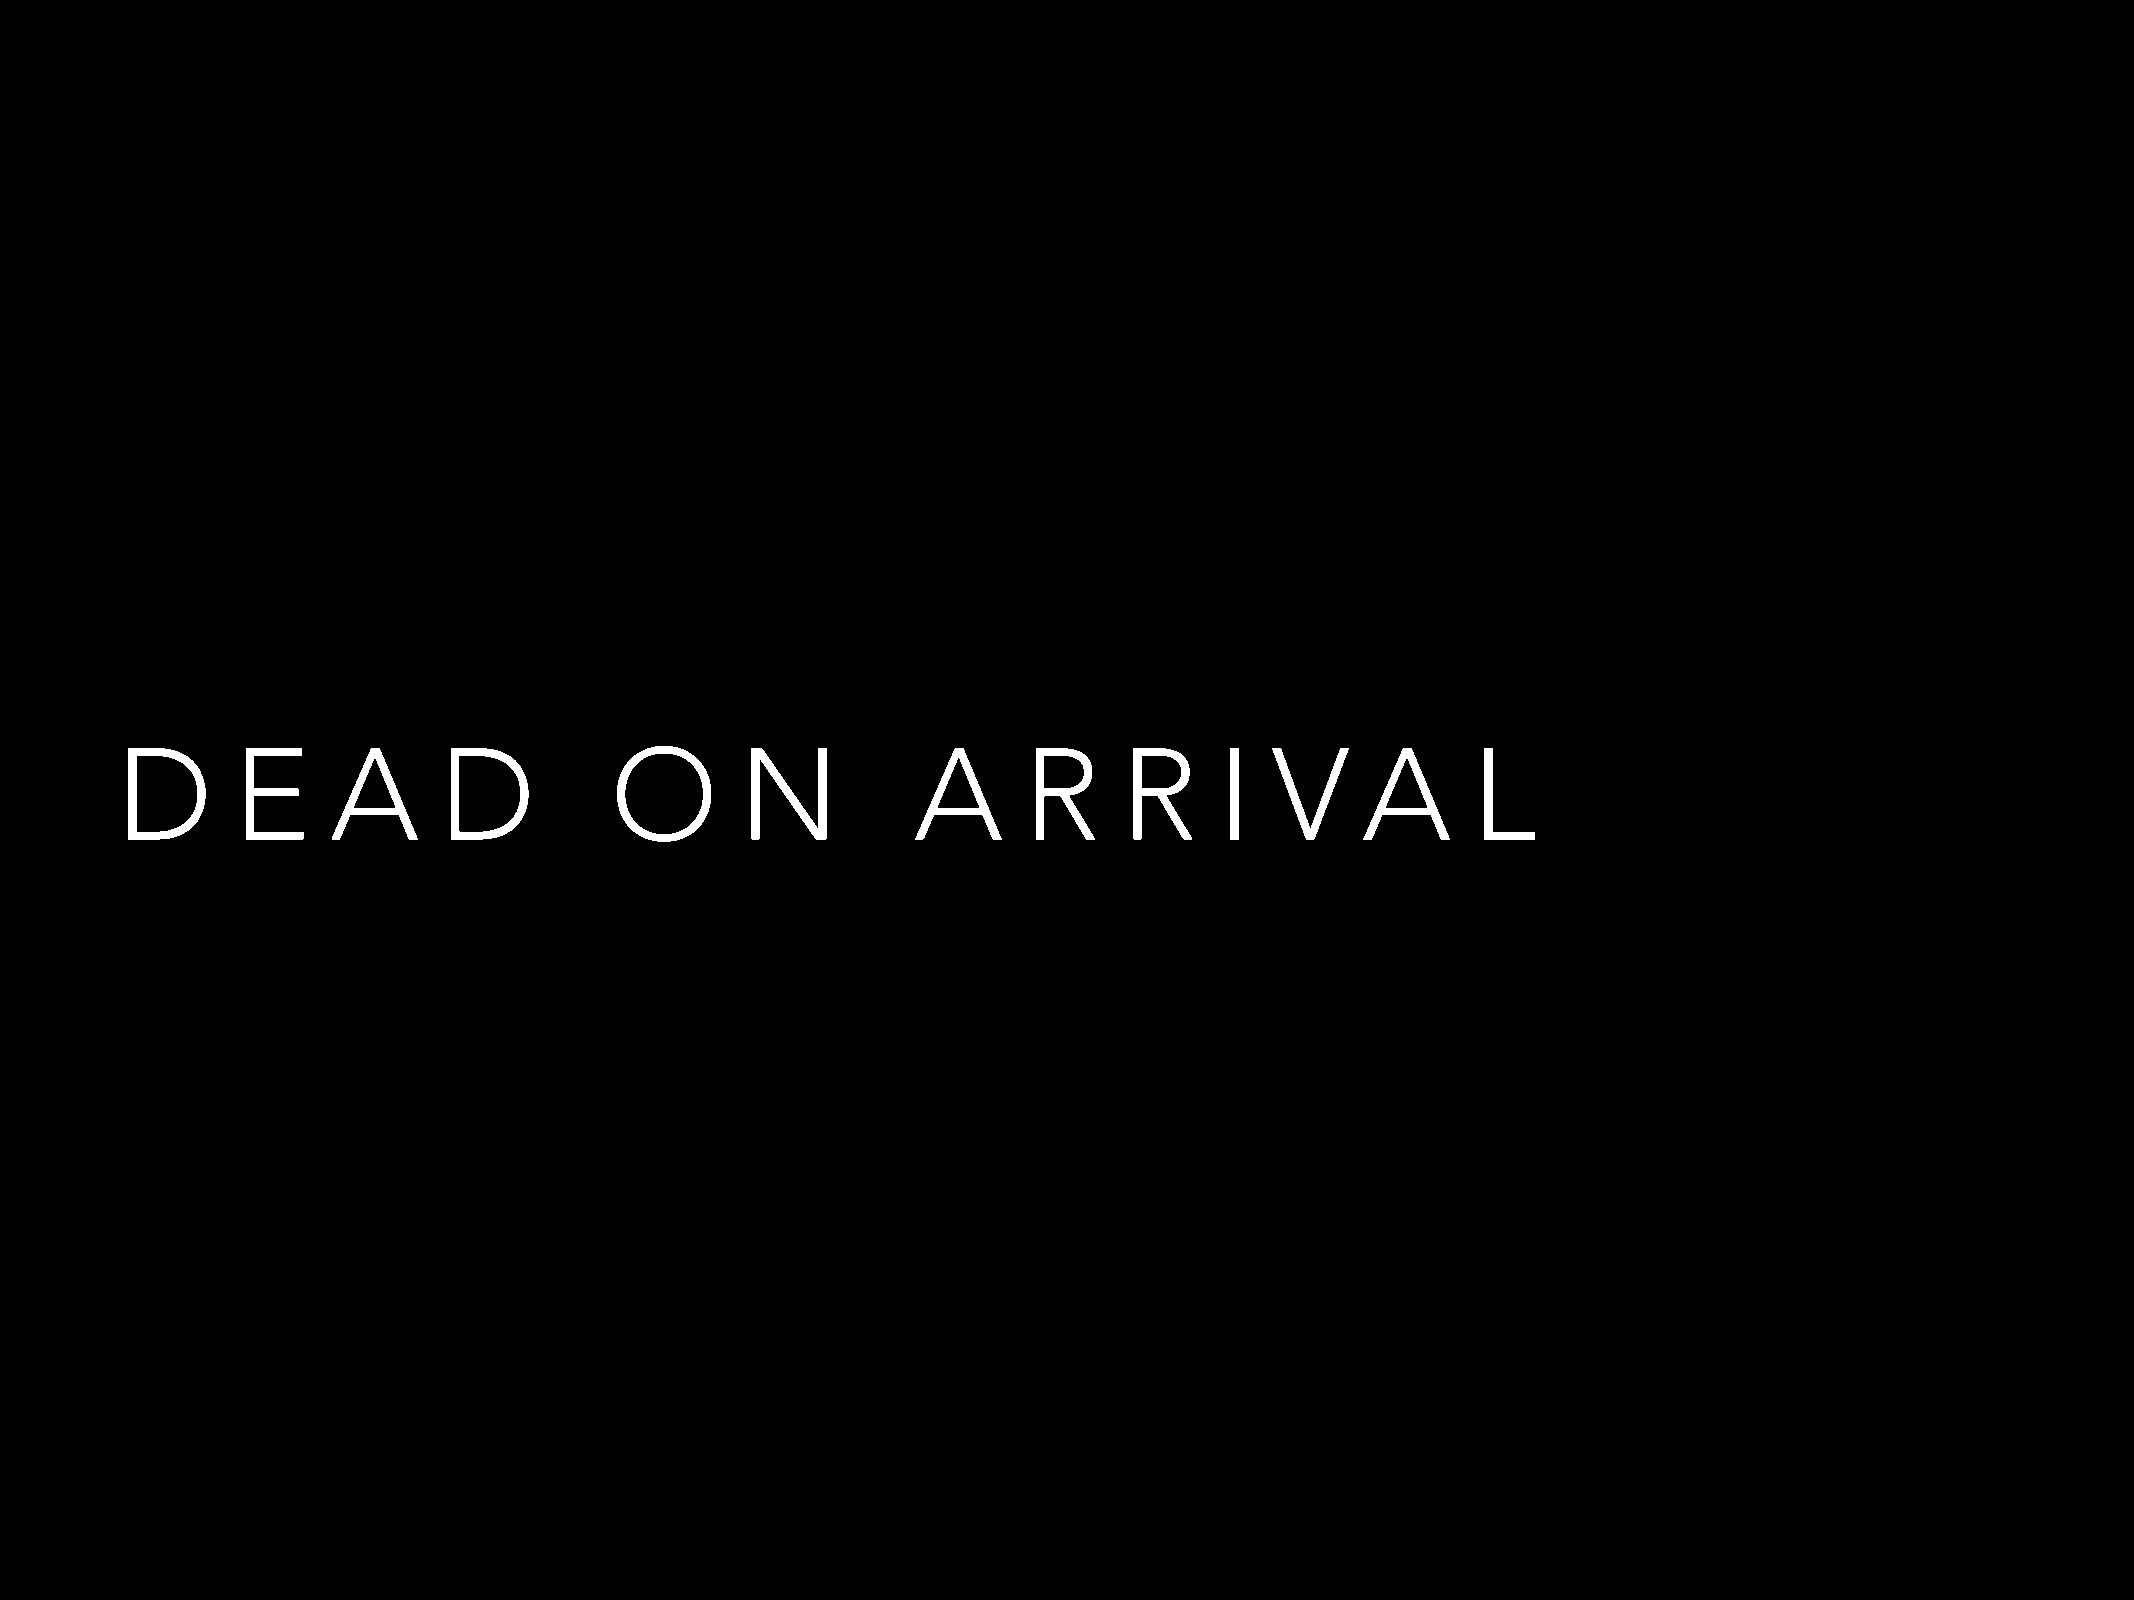
D      E      A      D          O        N           A      R     R      I  V     A      L